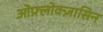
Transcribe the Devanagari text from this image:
ओफ़्लोक्ज़ासिन